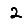
Digit: 2